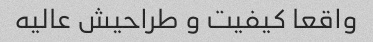
واقعا کیفیت و طراحیش عالیه